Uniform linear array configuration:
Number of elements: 16
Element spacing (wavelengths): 1
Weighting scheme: hann
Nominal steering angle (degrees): -15
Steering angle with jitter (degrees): -16.248
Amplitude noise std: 0.05
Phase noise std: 0.05

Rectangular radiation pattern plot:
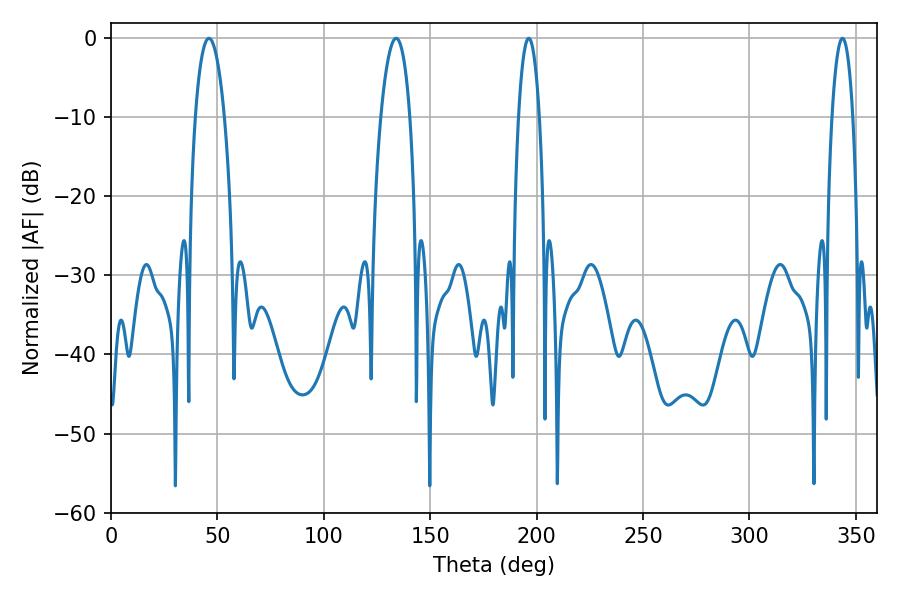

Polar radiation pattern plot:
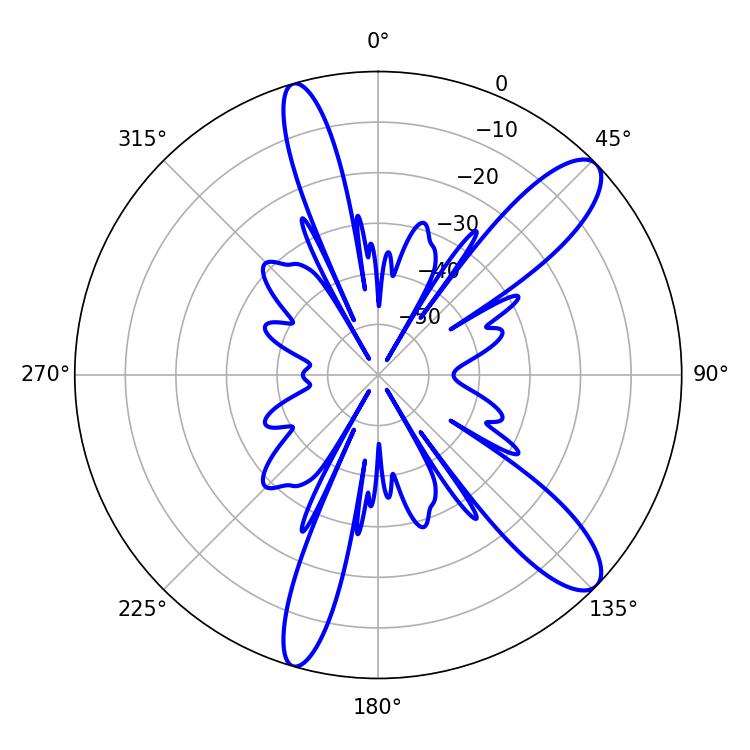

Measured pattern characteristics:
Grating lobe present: TRUE
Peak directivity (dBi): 11.32
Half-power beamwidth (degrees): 7.74
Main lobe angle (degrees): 46.08